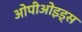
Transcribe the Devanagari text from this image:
ओपीओइड्स